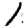
Digit: 1